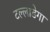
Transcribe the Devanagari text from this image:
टल्लाडेगा